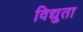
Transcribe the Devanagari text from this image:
विद्युता